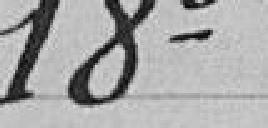
18°